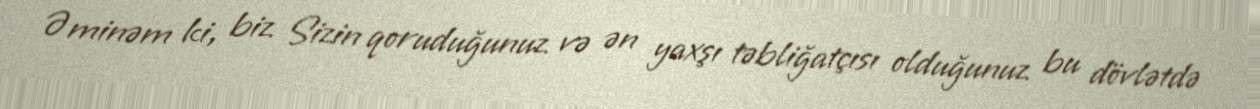
Əminəm ki, biz Sizin qoruduğunuz və ən yaxşı təbliğatçısı olduğunuz bu dövlətdə